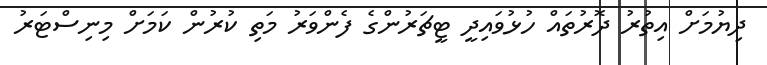
ދިޔުމަށް އިތުރު ދޮރުތައް ހުޅުވައިދީ ޓީޗަރުންގެ ފެންވަރު މަތި ކުރުން ކަމަށް މިނިސްޓަރު